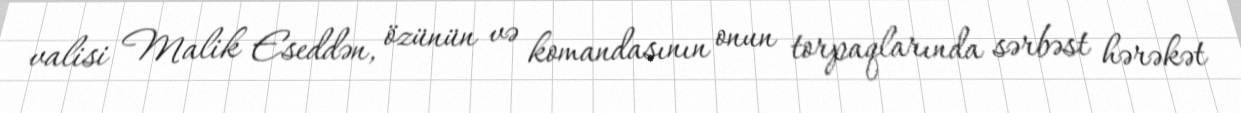
valisi Malik Eseddən, özünün və komandasının onun torpaqlarında sərbəst hərəkət